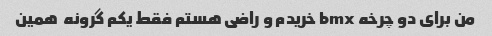
من برای دو چرخه bmx خریدم و راضی هستم فقط یکم گرونه  همین